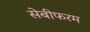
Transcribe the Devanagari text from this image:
सेबीफरम